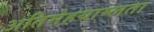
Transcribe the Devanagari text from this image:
अतिमेहयाम्लता